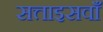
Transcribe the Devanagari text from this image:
सत्ताइसवाँ